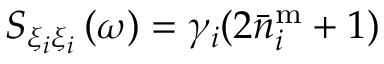
S _ { \xi _ { i } \xi _ { i } } \left( \omega \right) = \gamma _ { i } ( 2 \bar { n } _ { i } ^ { \mathrm { m } } + 1 )